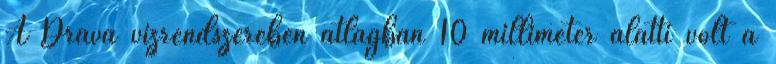
A Dráva vízrendszerében átlagban 10 milliméter alatti volt a